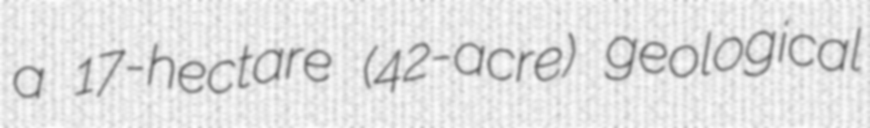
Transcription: a 17-hectare (42-acre) geological